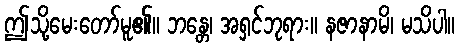
ဤသို့မေးတော်မူ၏။ ဘန္တေ၊ အရှင်ဘုရား။ နဇာနာမိ၊ မသိပါ။